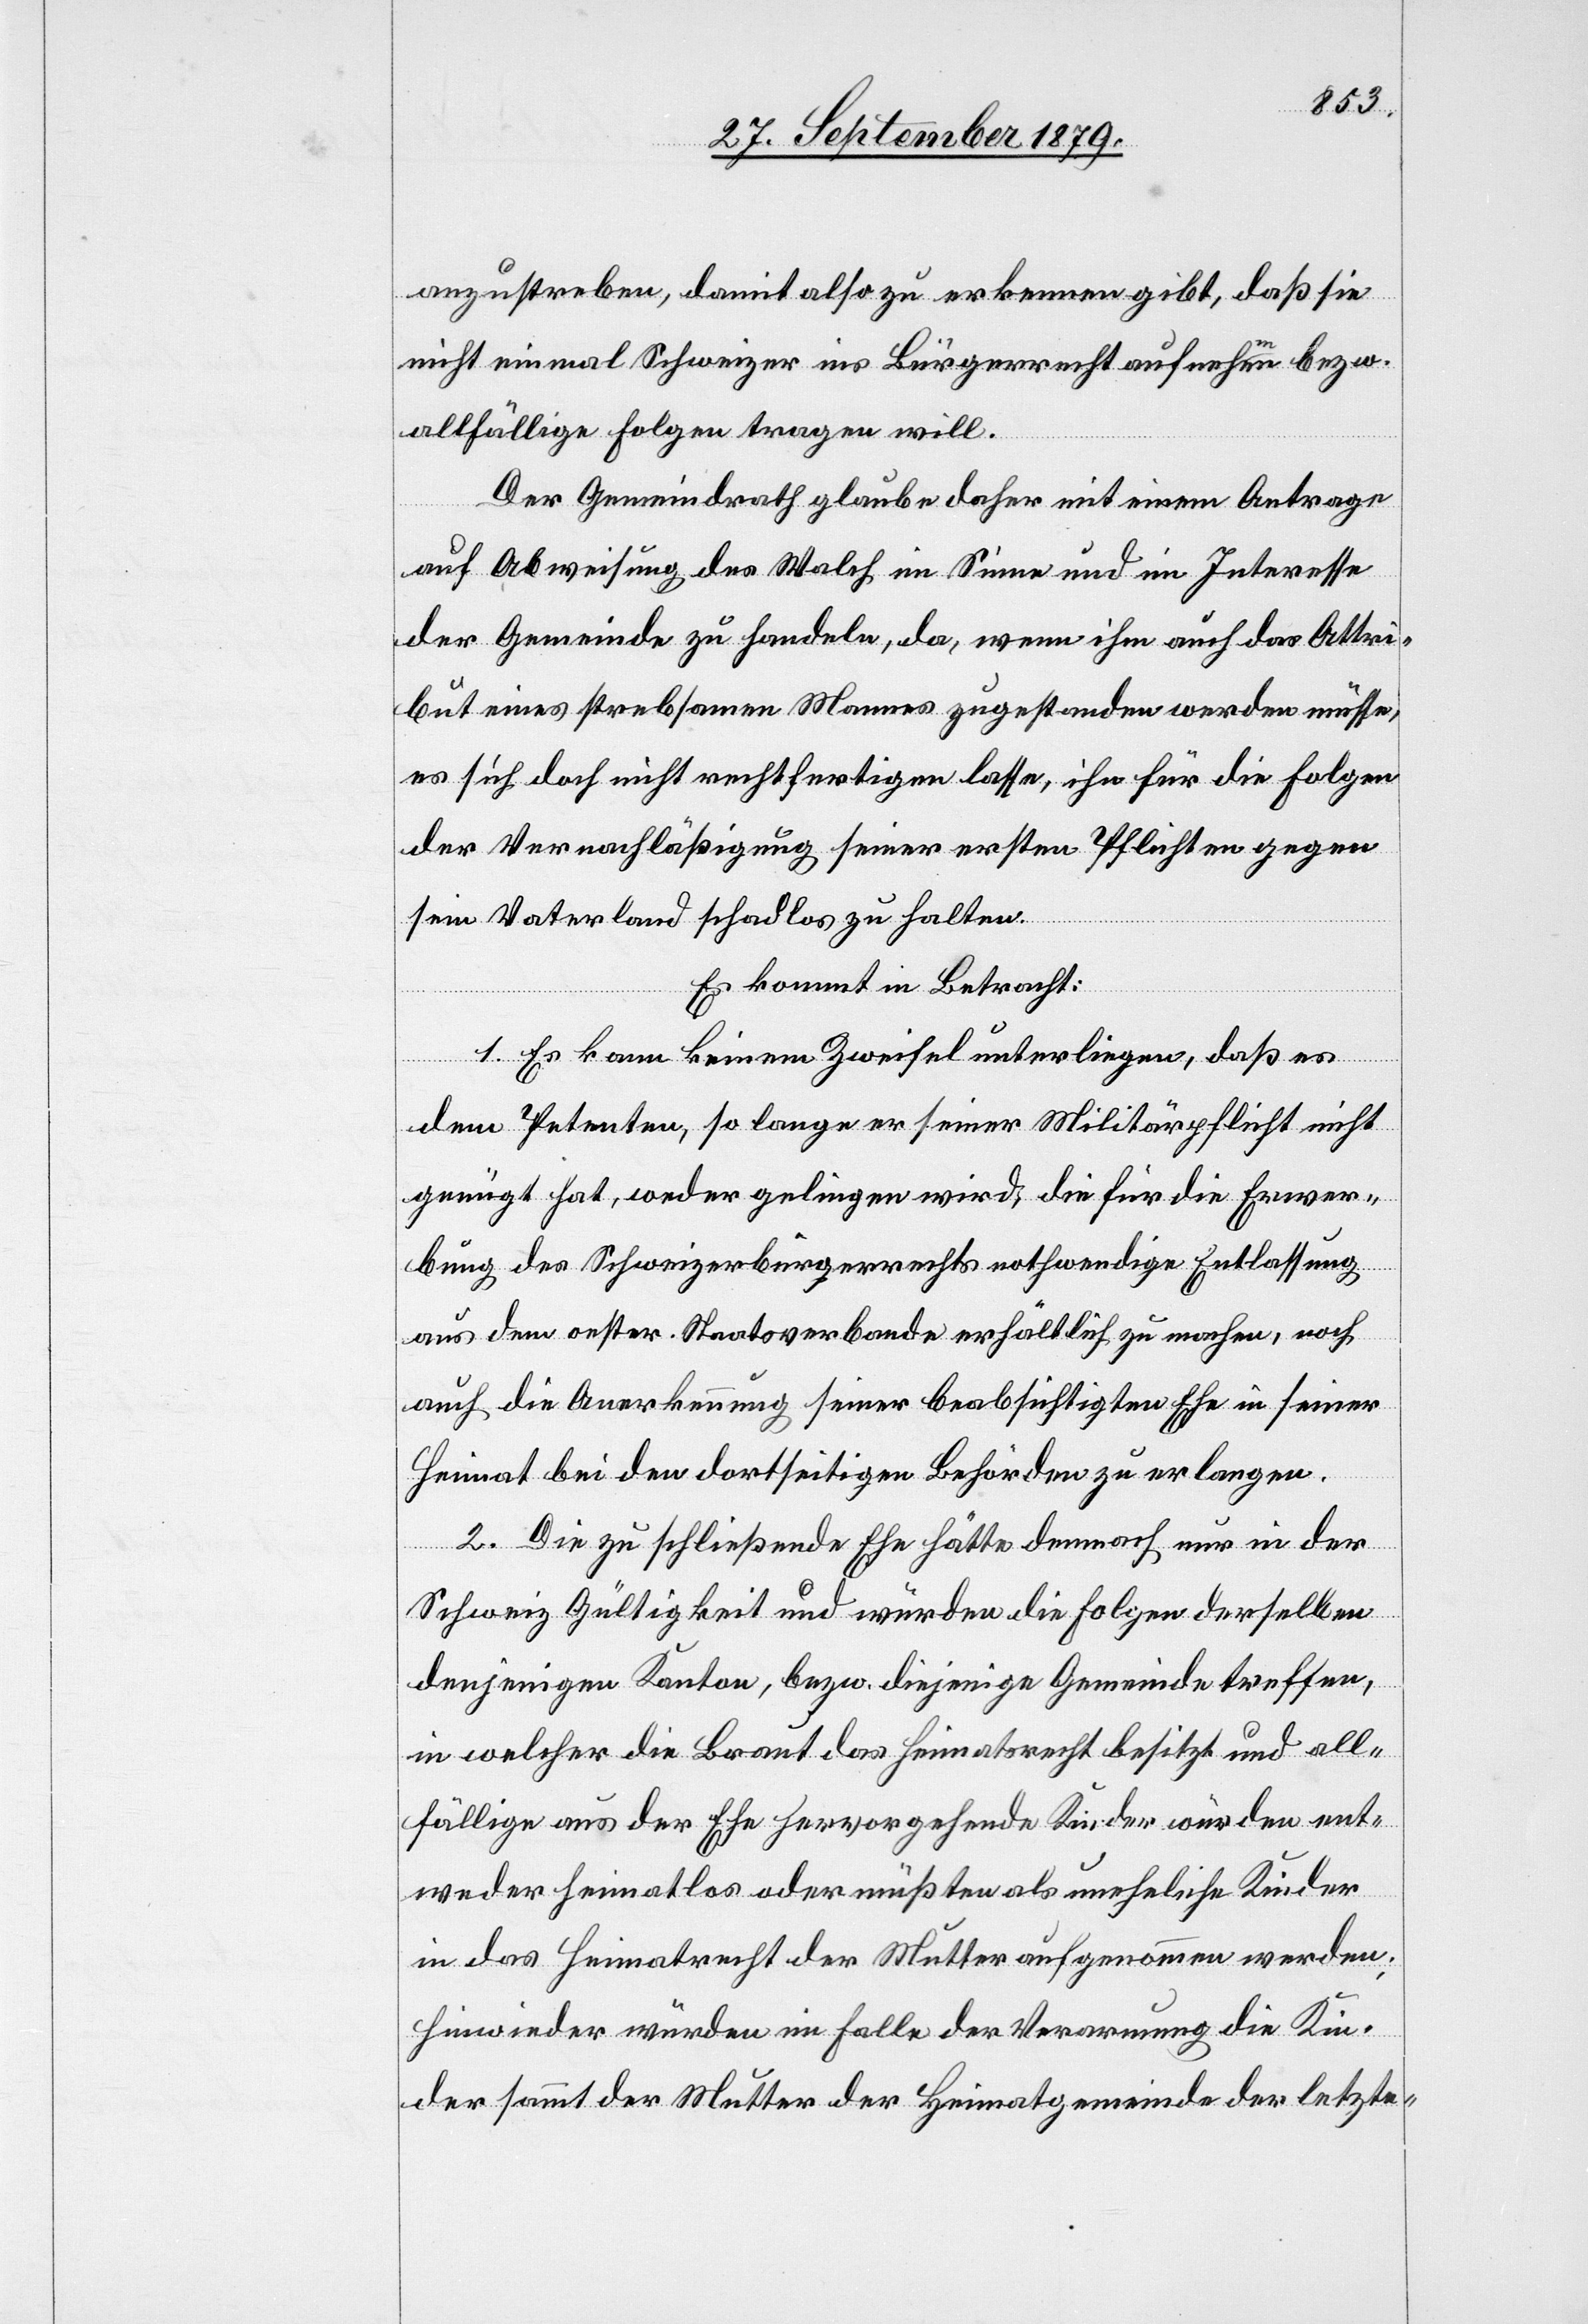
anzustreben, damit also zu erkennen gibt, daß sie
nicht einmal Schweizer ins Bürgerecht aufnehme bezw.
allfällige Folgen tragen will.
Der Gemeindrath glaube daher mit einem Antrage
auf Abweisung des Walch im Sinne und im Interesse
der Gemeinde zu handeln, da, wenn ihm auch das Attri¬
but eines strebsamen Mannes zugestanden werden müsse,
es sich doch nicht rechtfertigen lasse, ihn für die Folgen
der Vernachlässigung seiner ersten Pflicht gegen
sein Vaterland schadlos zu halten.
Es kommt in Betracht:
1. Es kann keinem Zweifel unterliegen, daß es
dem Petenten, so lange seine Militärpflicht nicht
genügt hat, weder gelingen wird, die für die Erwer¬
bung des Schweizerbürgerrechts nothwendige Entlassung
aus dem oester. Staatsverbande erhältlich zu machen, noch
auch die Anerkennung seiner beabsichtigten Ehe in seiner
Heimat bei den dortseitigen Behörden zu erlangen.
2. Die zu schließende Ehe hätte demnach nur in der
Schweiz Gültigkeit und würden die Folgen derselben
denjenigen Kanton, bezw. diejenige Gemeinde treffen,
in welcher die Braut das Heimatrecht besitzt und all¬
fällige aus der Ehe hervorgehende Kinder würden ent¬
weder heimatlos oder müßten als uneheliche Kinder
in das Heimatrecht der Mutter aufgenommen werden;
hinwieder würden im Falle der Verarmung die Kin¬
der sammt der Mutter der Heimatgemeinde der letzte-